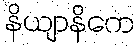
နိယျာနိကေ